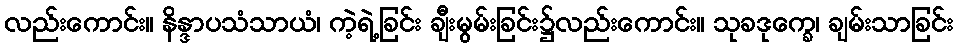
လည်းကောင်း။ နိန္ဒာပသံသာယံ၊ ကဲ့ရဲ့ခြင်း ချီးမွမ်းခြင်း၌လည်းကောင်း။ သုခဒုက္ခေ၊ ချမ်းသာခြင်း